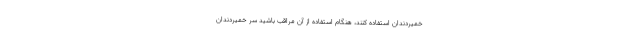
خمیردندان استفاده کنند، هنگام استفاده از آن مراقب باشید سر خمیردندان